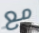
مع